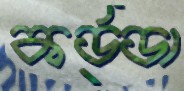
কর্ড্ডা